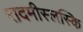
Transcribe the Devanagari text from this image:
रादमीस्लस्कि